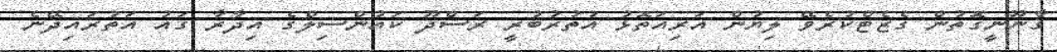
ޤާނޫނީގޮތުން ގެޒެޓްކުރެވޭ ލިޔުން އަރިއަތޮޅު އުތުރުބުރީ ރަސްދޫ ކައުންސިލްގެ އިދާރާ ގައު އަތުރައިދޭނެ